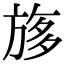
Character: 𣃽